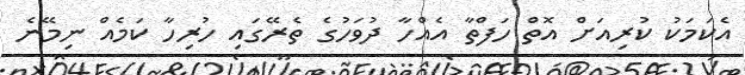
އެކަމަކު ކުރިއަށް އޮތް ހަފްތާ އެއްހާ ދުވަހުގެ ތެރޭގައި ހުރިހާ ކަމެއް ނިމޭނެ